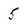
Character: 5